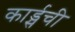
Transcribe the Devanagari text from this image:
कार्ड्सची